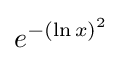
e^{-(\ln x)^{2}}